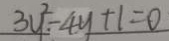
3 y ^ { 2 } - 4 y + 1 = 0